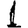
Digit: 1